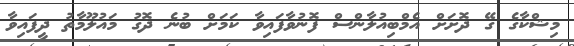
މިޝްކާގެ ގޭ ދޮށަށް އެމްބިއުލާންސް ފޮނުވާފައިވާ ކަމަށް ބުނެ ދޮގު މައުލޫމާތު ދީފައިވާ